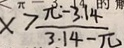
x > \frac { \pi - 3 . 1 4 } { 3 . 1 4 - \pi }